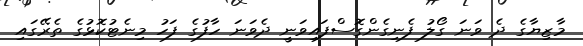
މާޒިޔާގެ ދެ ވަނަ ގޯލު ފެނިގެންގޮސްފައިވަނީ ދެވަނަ ހާފުގެ ފަހު މިނެޓުކޮޅުގެ ތެރޭގައި